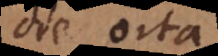
die orta